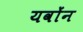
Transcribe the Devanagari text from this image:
यवोंन